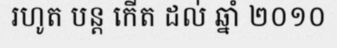
រហូត បន្ត កើត ដល់ ឆ្នាំ ២០១០